Lunatic asylums Central Provinces reports 1895-1909 - 1895-1909
Year: 1895
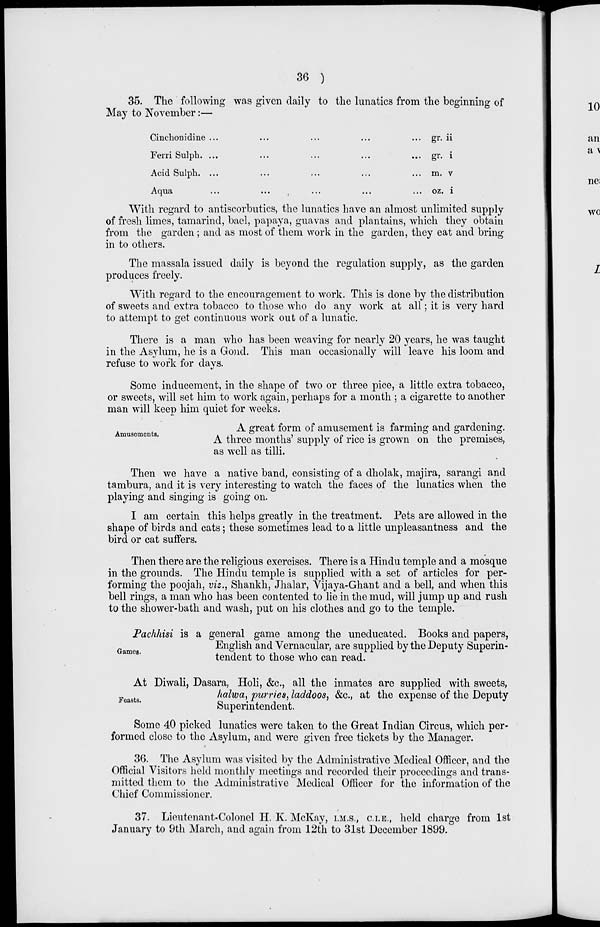
36 )
35. The following was given daily to the lunatics from the beginning of
May to November :—
Cinehonidine ... ... ... ... ...
Ferri Sulph. ... ... ... ... ...
Acid Sulph. . . . . . . . . . . . . ...
Aqua ... ... ... ... ...
gr. ii
gr. i
m. v
oz. i
With regard to antiscorbutics, the lunatics have an almost unlimited supply
of fresh limes, tamarind, bael, papaya, guavas and plantains, which they obtain
from the garden ; and as most of them work in the garden, they eat and bring
in to others.
The massala issued daily is beyond the regulation supply, as the garden
produces freely.
With regard to the encouragement to work. This is done by the distribution
of sweets and extra tobacco to those who do any work at all ; it is very hard
to attempt to get continuous work out of a lunatic.
There is a man who has been weaving for nearly 20 years, he was taught
in the Asylum, he is a Gond. This man occasionally will leave his loom and
refuse to work for days.
Some inducement, in the shape of two or three pice, a little extra tobacco,
or sweets, will set him to work again, perhaps for a month ; a cigarette to another
man will keep him quiet for weeks.
Amusements.
A great form of amusement is farming and gardening.
A three months' supply of rice is grown on the premises,
as well as tilli.
Then we have a native band, consisting of a dholak, majira, sarangi and
tambura, and it is very interesting to watch the faces of the lunatics when the
playing and singing is going on.
I am certain this helps greatly in the treatment. Pets are allowed in the
shape of birds and cats ; these sometimes lead to a little unpleasantness and the
bird or cat suffers.
Then there are the religious exercises. There is a Hindu temple and a mosque
in the grounds. The Hindu temple is supplied with a set of articles for per-
forming the poojah, viz., Shankh, Jhalar, Vijaya-Ghant and a bell, and when this
bell rings, a man who has been contented to lie in the mud, will jump up and rush
to the shower-bath and wash, put on his clothes and go to the temple.
Games.
Pachhisi is a general game among the uneducated. Books and papers,
English and Vernacular, are supplied by the Deputy Superin-
tendent to those who can read.
Feasts.
At Diwali, Dasara, Holi, &c., all the inmates are supplied with sweets,
halwa, purries, laddoos, &c., at the expense of the Deputy
Superintendent.
Some 40 picked lunatics were taken to the Great Indian Circus, which per-
formed close to the Asylum, and were given free tickets by the Manager.
36. The Asylum was visited by the Administrative Medical Officer, and the
Official Visitors held monthly meetings and recorded their proceedings and trans-
mitted them to the Administrative Medical Officer for the information of the
Chief Commissioner.
37. Lieutenant-Colonel H. K. McKay, I.M.S., C.I.E., held charge from 1st
January to 9th March, and again from 12th to 31st December 1899.